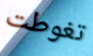
تغوطت